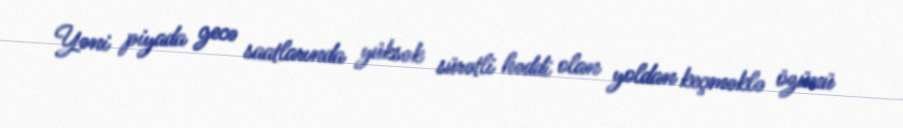
Yəni piyada gecə saatlarında yüksək sürətli həddi olan yoldan keçməklə özünü